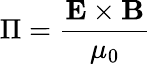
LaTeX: \Pi=\frac{\mathbf{E}\times\mathbf{B}}{\mu_{0}}